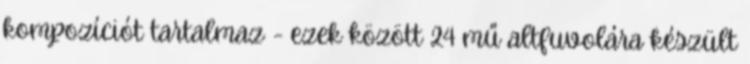
kompozíciót tartalmaz - ezek között 24 mű altfuvolára készült